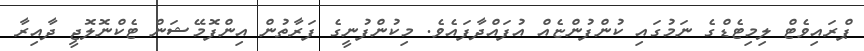
ޕްރައިވެޓް ލިމިޓެޑްގެ ނަމުގައި ކުންފުންޏެއް އުފައްދާފައެވެ. މިކުންފުނީގެ ފަރާތުން އިންފޮމޭޝަން ޓެކްނޮލޮޖީ ދާއިރާ